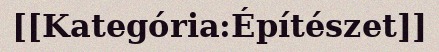
[[Kategória:Építészet]]